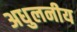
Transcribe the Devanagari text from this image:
अधुलनीय